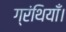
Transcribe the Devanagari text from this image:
ग्रंथियाँ।